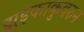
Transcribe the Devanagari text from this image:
झुइकाकुवरुन